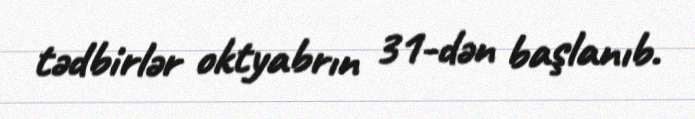
tədbirlər oktyabrın 31-dən başlanıb.